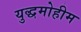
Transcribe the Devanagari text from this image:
युद्धमोहीम